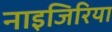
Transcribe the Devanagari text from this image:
नाइजिरिया